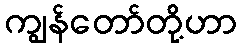
ကျွန်တော်တို့ဟာ